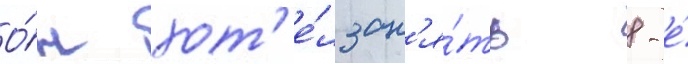
О́н хот'е́л зан'я́ть 8-е́